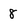
Character: 8